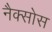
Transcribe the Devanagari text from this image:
नैक्सोस